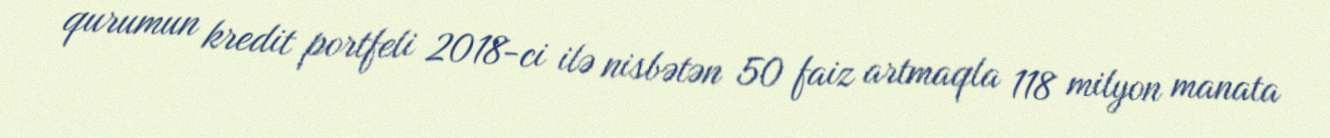
qurumun kredit portfeli 2018-ci ilə nisbətən 50 faiz artmaqla 118 milyon manata